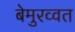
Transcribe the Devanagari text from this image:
बेमुरव्वत